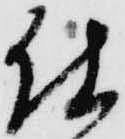
仕